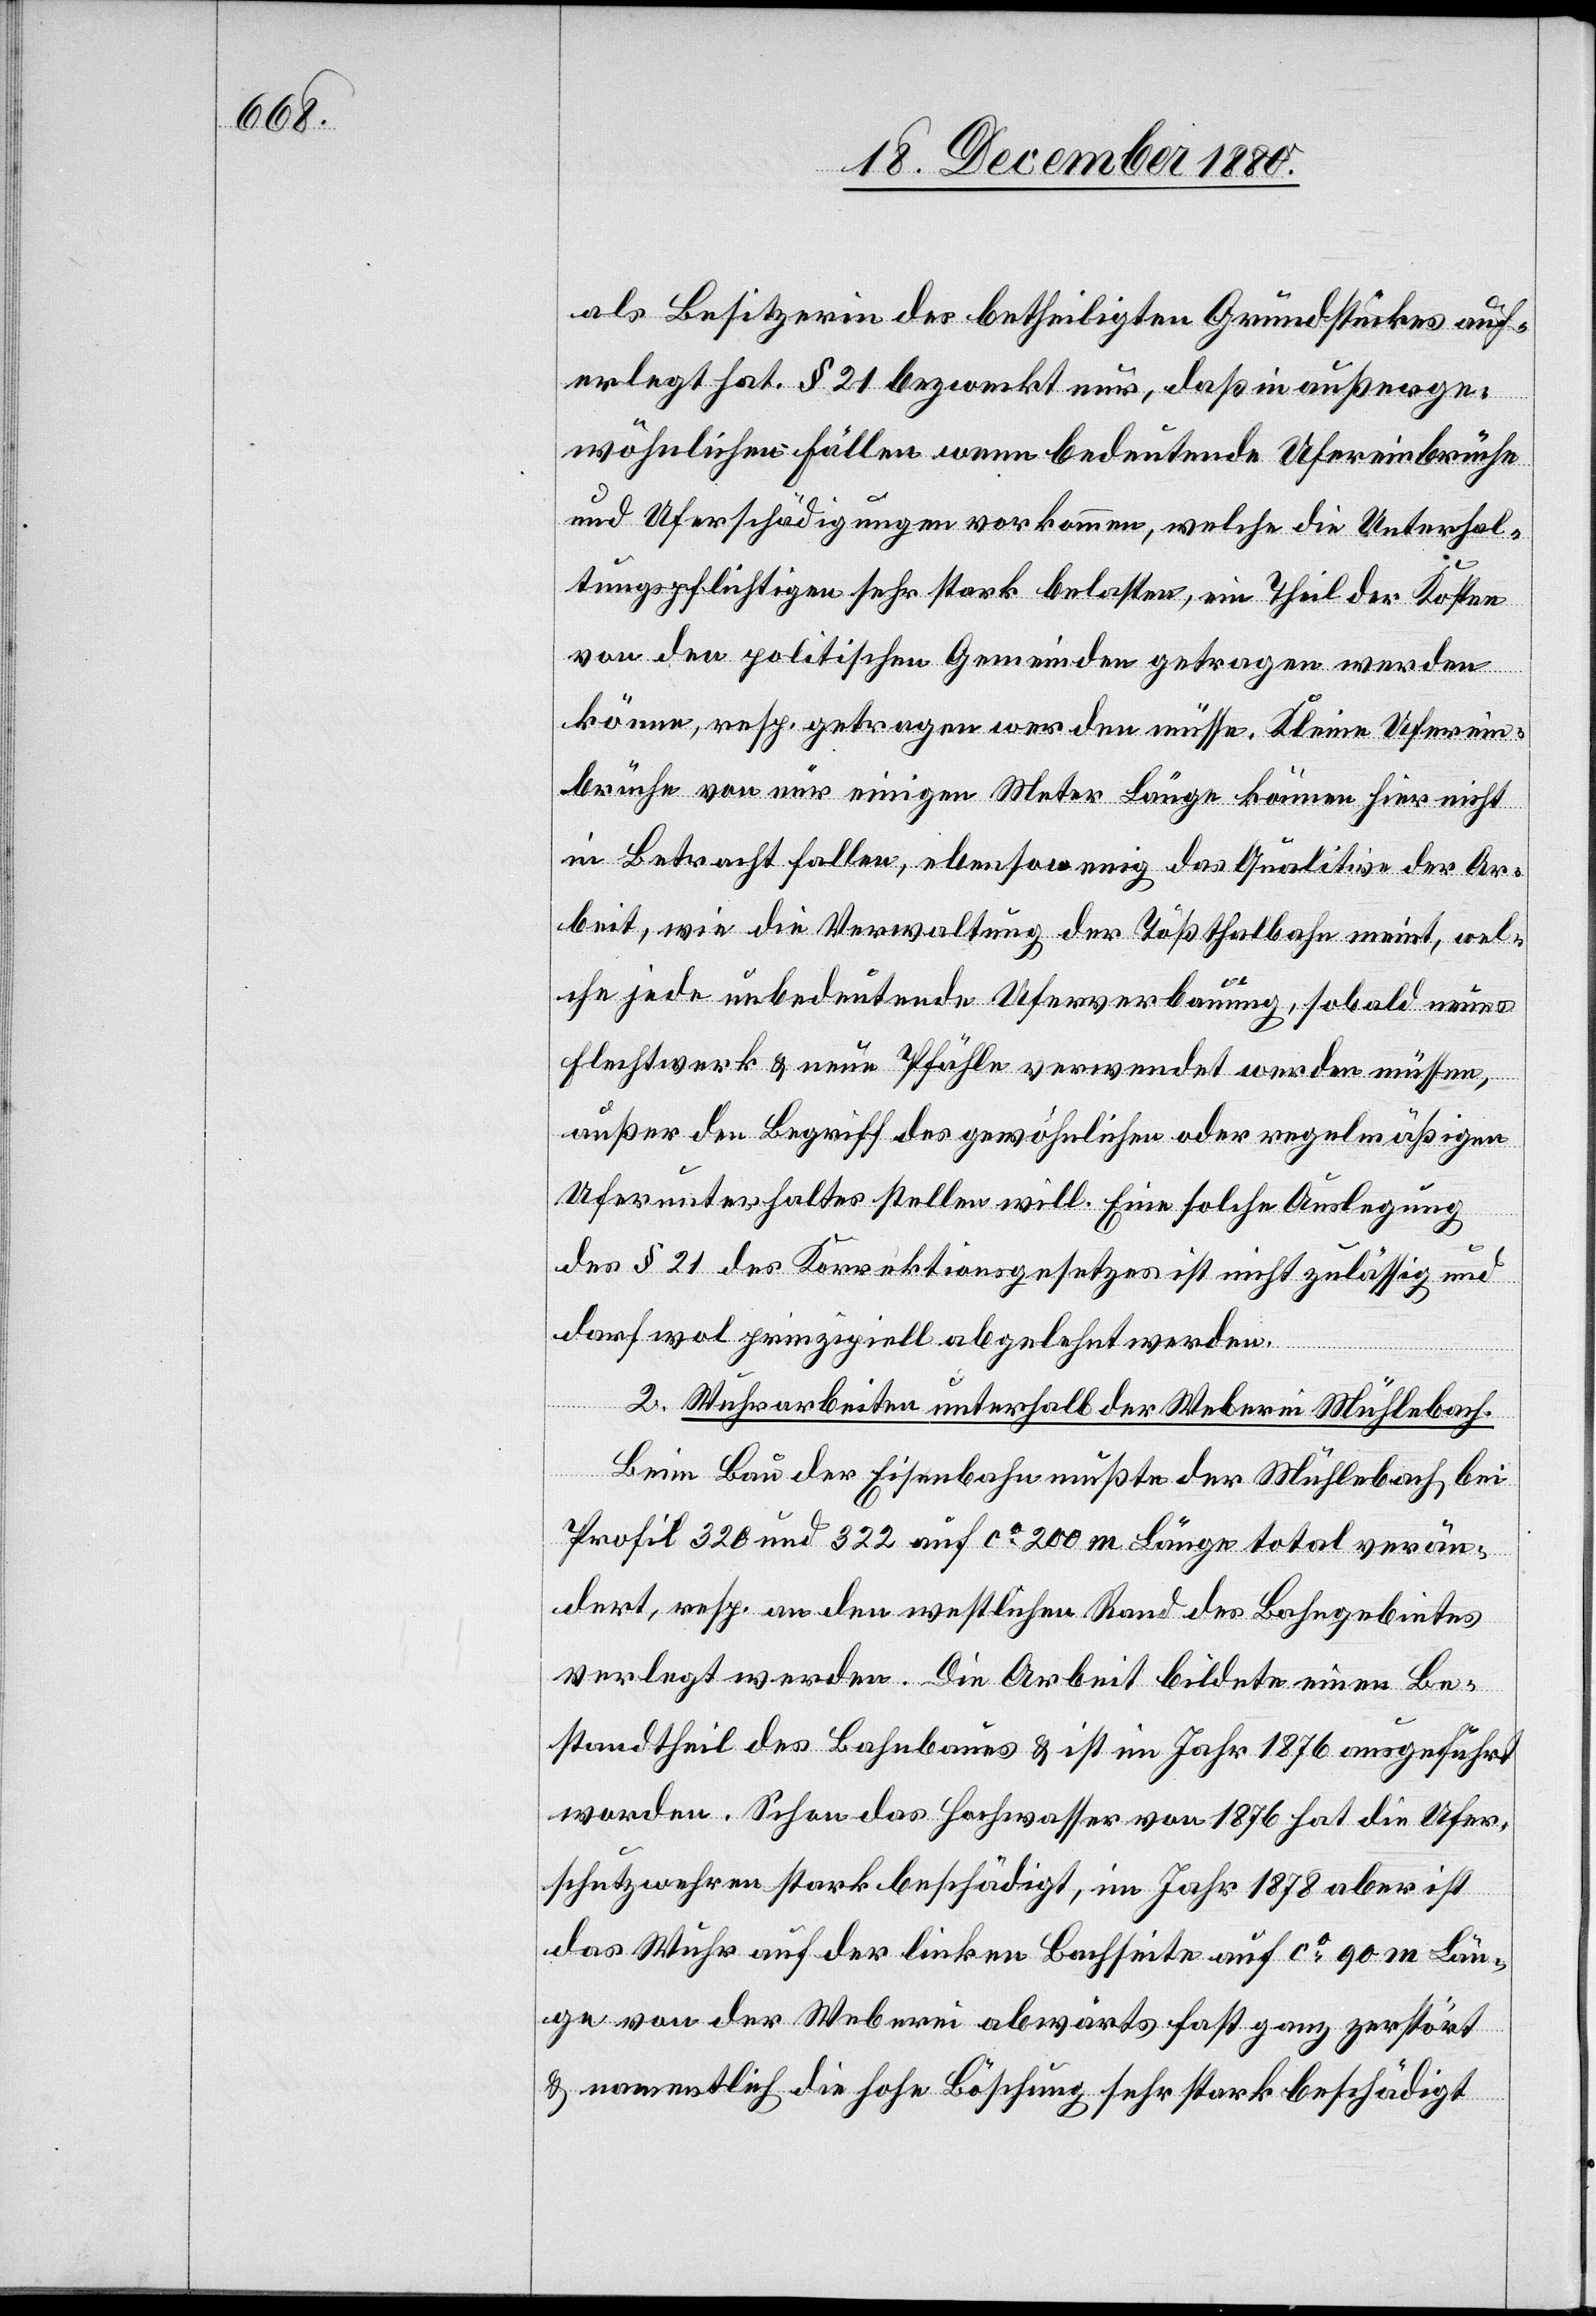
als Besitzerin des betheiligten Grundstückes auf¬
erlegt hat. § 21 bezweckt nur, daß in außerge¬
wöhnlichen Fällen wenn bedeutende Ufereinbrüche
und Uferschädigungen vorkommen, welche die Unterhal¬
tungspflichten sehr stark belasten, ein Theil der Kosten
von den politischen Gemeinden getragen werden
könne, resp. getragen werden müsse. Kleine Uferein¬
brüche von nur einigen Meter Länge können hier nicht
in Betracht fallen, ebensowenig das Qualitive der Ar¬
beit, wie die Verwaltung der Tößthalbahn meint, wel¬
che jede unbedeutende Uferverbauung, sobald neues
Flechtwerk & neue Pfähle verwendet werden müssen,
außer den Begriff des gewöhnlichen oder regelmäßigen
Uferunterhaltes stellen will. Eine solche Auslegung
des § 21 des Korrektionsgesetzes ist nicht zulässig und
darf wol prinzipiell abgelehnt werden.
2. Wuhrkosten unterhalb der Weberei Mühlenbach.
Beim Bau der Eisenbahn mußte der Mühlenbach bei
Profil 320 und 322 auf ca 200 m Länge total verän¬
dert, resp. an den westlichen Rand des Bahngebietes
verlegt werden. Die Arbeit bildete einen Be¬
standtheil des Bahnbaues & ist im Jahr 1876 ausgeführt
worden. schon das Hochwasser von 1876 hat die Ufer¬
schutzwehren stark beschädigt, im Jahr 1878 aber ist
das Wuhr auf der linken Bachseite auf ca 90 m Län¬
ge von der Weberei abwärts fast ganz zerstört
& namentlich die hohe Böschung sehr stark beschädigt